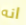
انه